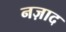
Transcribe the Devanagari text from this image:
नज़ाद